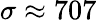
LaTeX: \sigma\approx 707